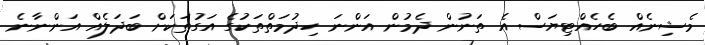
މެޝިނެއް ބެހެއްޓިޔަސް އެ ތަނުން ދެމުން އަންނަ ހިދުމަތްތަކުގެ އަގުތަކަށް ބަދަލެއް އަންނާނެ